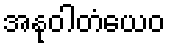
အနုဝါတံယေဝ